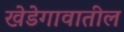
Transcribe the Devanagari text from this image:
खेडेगावातील